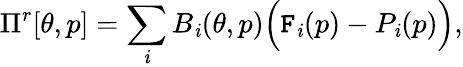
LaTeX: \Pi^{r}[\theta,p]=\sum_{\mathit{i}}B_{\mathit{i}}(\theta,p)\Big(\mathtt{F}_{\mathit{i}}(p)-P_{\mathit{i}}(p)\Big),